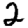
Digit: 2